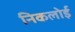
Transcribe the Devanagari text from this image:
निकलोई